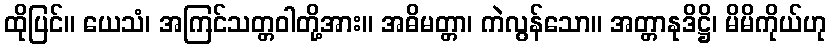
ထိုပြင်။ ယေသံ၊ အကြင်သတ္တဝါတို့အား။ အဓိမတ္တာ၊ ကဲလွန်သော။ အတ္တာနုဒိဋ္ဌိ၊ မိမိကိုယ်ဟု